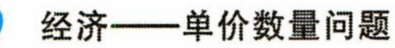
经济——单价数量问题